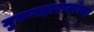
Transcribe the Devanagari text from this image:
गुरुमहाराजांच्या